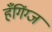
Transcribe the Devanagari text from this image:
हँगिंग्ज